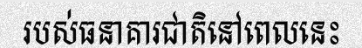
របស់ធនាគារជាតិនៅពេលនេះ